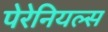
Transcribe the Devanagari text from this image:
पेरेनियल्स